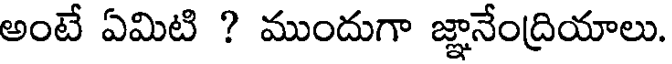
అంటే ఏమిటి ? ముందుగా జ్ఞానేంద్రియాలు.